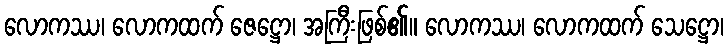
လောကဿ၊ လောကထက် ဇေဋ္ဌော၊ အကြီးဖြစ်၏။ လောကဿ၊ လောကထက် သေဋ္ဌော၊